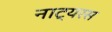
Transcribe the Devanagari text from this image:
नाट्यरस